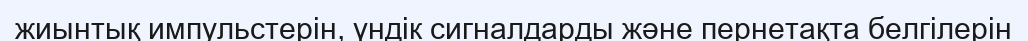
жиынтық импульстерін, үндік сигналдарды және пернетақта белгілерін